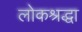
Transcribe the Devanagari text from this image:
लोकश्रद्धा